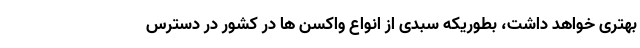
بهتری خواهد داشت، بطوریکه سبدی از انواع واکسن ها در کشور در دسترس